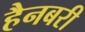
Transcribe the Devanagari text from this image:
हैनबरी